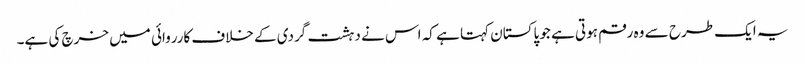
یہ ایک طرح سے وہ رقم ہوتی ہے جو پاکستان کہتا ہے کہ اس نے دہشت گردی کے خلاف کارروائی میں خرچ کی ہے۔